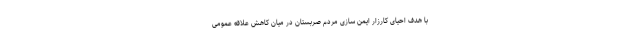
با هدف احیای کارزار ایمن سازی مردم صربستان در میان کاهش علاقه عمومی